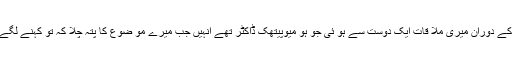
لیکن ان دنوں یہ ریسٹورنٹ بند ہو چکا تھا اس کراچی یاترا کے دوران میری ملا قات ایک دوست سے ہو ئی جو ہو میوپیتھک ڈاکٹر تھے انہیں جب میرے مو ضوع کا پتہ چلا کہ تو کہنے لگے کہ تم ہو میو پیتھ ڈاکٹر ز اور کالجز بارے بھی کچھ لکھو ۔